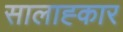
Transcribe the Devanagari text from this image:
सालाह्कार